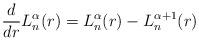
LaTeX: \begin{align*}\frac{d}{dr}L^{\alpha}_n(r)= L^{\alpha}_n(r)- L^{\alpha+1}_n(r)\end{align*}